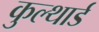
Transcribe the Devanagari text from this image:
कुल्थार्ड